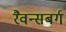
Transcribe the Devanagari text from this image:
रैवन्सबर्ग